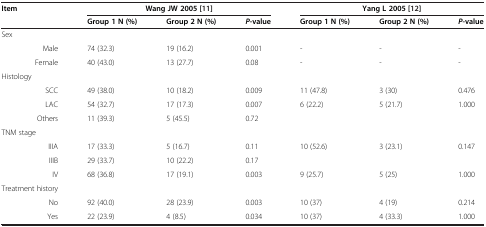
<table><thead><tr><td><b>Item</b></td><td colspan="3"><b>Wang JW 2005[11]</b></td><td colspan="3"><b>Yang L 2005 [12]</b></td></tr><tr><td>[EMPTY_CELL]</td><td><b>Group 1 N (%)</b></td><td><b>Group 2 N (%)</b></td><td><b><i>P</i>-value</b></td><td><b>Group 1 N (%)</b></td><td><b>Group 2 N (%)</b></td><td><b><i>P</i>-value</b></td></tr></thead><tbody><tr><td>Sex</td><td>[EMPTY_CELL]</td><td>[EMPTY_CELL]</td><td>[EMPTY_CELL]</td><td>[EMPTY_CELL]</td><td>[EMPTY_CELL]</td><td>[EMPTY_CELL]</td></tr><tr><td>Male</td><td>74 (32.3)</td><td>19 (16.2)</td><td>0.001</td><td>-</td><td>-</td><td>-</td></tr><tr><td>Female</td><td>40 (43.0)</td><td>13 (27.7)</td><td>0.08</td><td>-</td><td>-</td><td>-</td></tr><tr><td>Histology</td><td>[EMPTY_CELL]</td><td>[EMPTY_CELL]</td><td>[EMPTY_CELL]</td><td>[EMPTY_CELL]</td><td>[EMPTY_CELL]</td><td>[EMPTY_CELL]</td></tr><tr><td>SCC</td><td>49 (38.0)</td><td>10 (18.2)</td><td>0.009</td><td>11 (47.8)</td><td>3 (30)</td><td>0.476</td></tr><tr><td>LAC</td><td>54 (32.7)</td><td>17 (17.3)</td><td>0.007</td><td>6 (22.2)</td><td>5 (21.7)</td><td>1.000</td></tr><tr><td>Others</td><td>11 (39.3)</td><td>5 (45.5)</td><td>0.72</td><td>[EMPTY_CELL]</td><td>[EMPTY_CELL]</td><td>[EMPTY_CELL]</td></tr><tr><td>TNM stage</td><td>[EMPTY_CELL]</td><td>[EMPTY_CELL]</td><td>[EMPTY_CELL]</td><td>[EMPTY_CELL]</td><td>[EMPTY_CELL]</td><td>[EMPTY_CELL]</td></tr><tr><td>IIIA</td><td>17 (33.3)</td><td>5 (16.7)</td><td>0.11</td><td rowspan="2">10 (52.6)</td><td rowspan="2">3 (23.1)</td><td rowspan="2">0.147</td></tr><tr><td>IIIB</td><td>29 (33.7)</td><td>10 (22.2)</td><td>0.17</td></tr><tr><td>IV</td><td>68 (36.8)</td><td>17 (19.1)</td><td>0.003</td><td>9 (25.7)</td><td>5 (25)</td><td>1.000</td></tr><tr><td>Treatment history</td><td>[EMPTY_CELL]</td><td>[EMPTY_CELL]</td><td>[EMPTY_CELL]</td><td>[EMPTY_CELL]</td><td>[EMPTY_CELL]</td><td>[EMPTY_CELL]</td></tr><tr><td>No</td><td>92 (40.0)</td><td>28 (23.9)</td><td>0.003</td><td>10 (37)</td><td>4 (19)</td><td>0.214</td></tr><tr><td>Yes</td><td>22 (23.9)</td><td>4 (8.5)</td><td>0.034</td><td>10 (37)</td><td>4 (33.3)</td><td>1.000</td></tr></tbody></table>